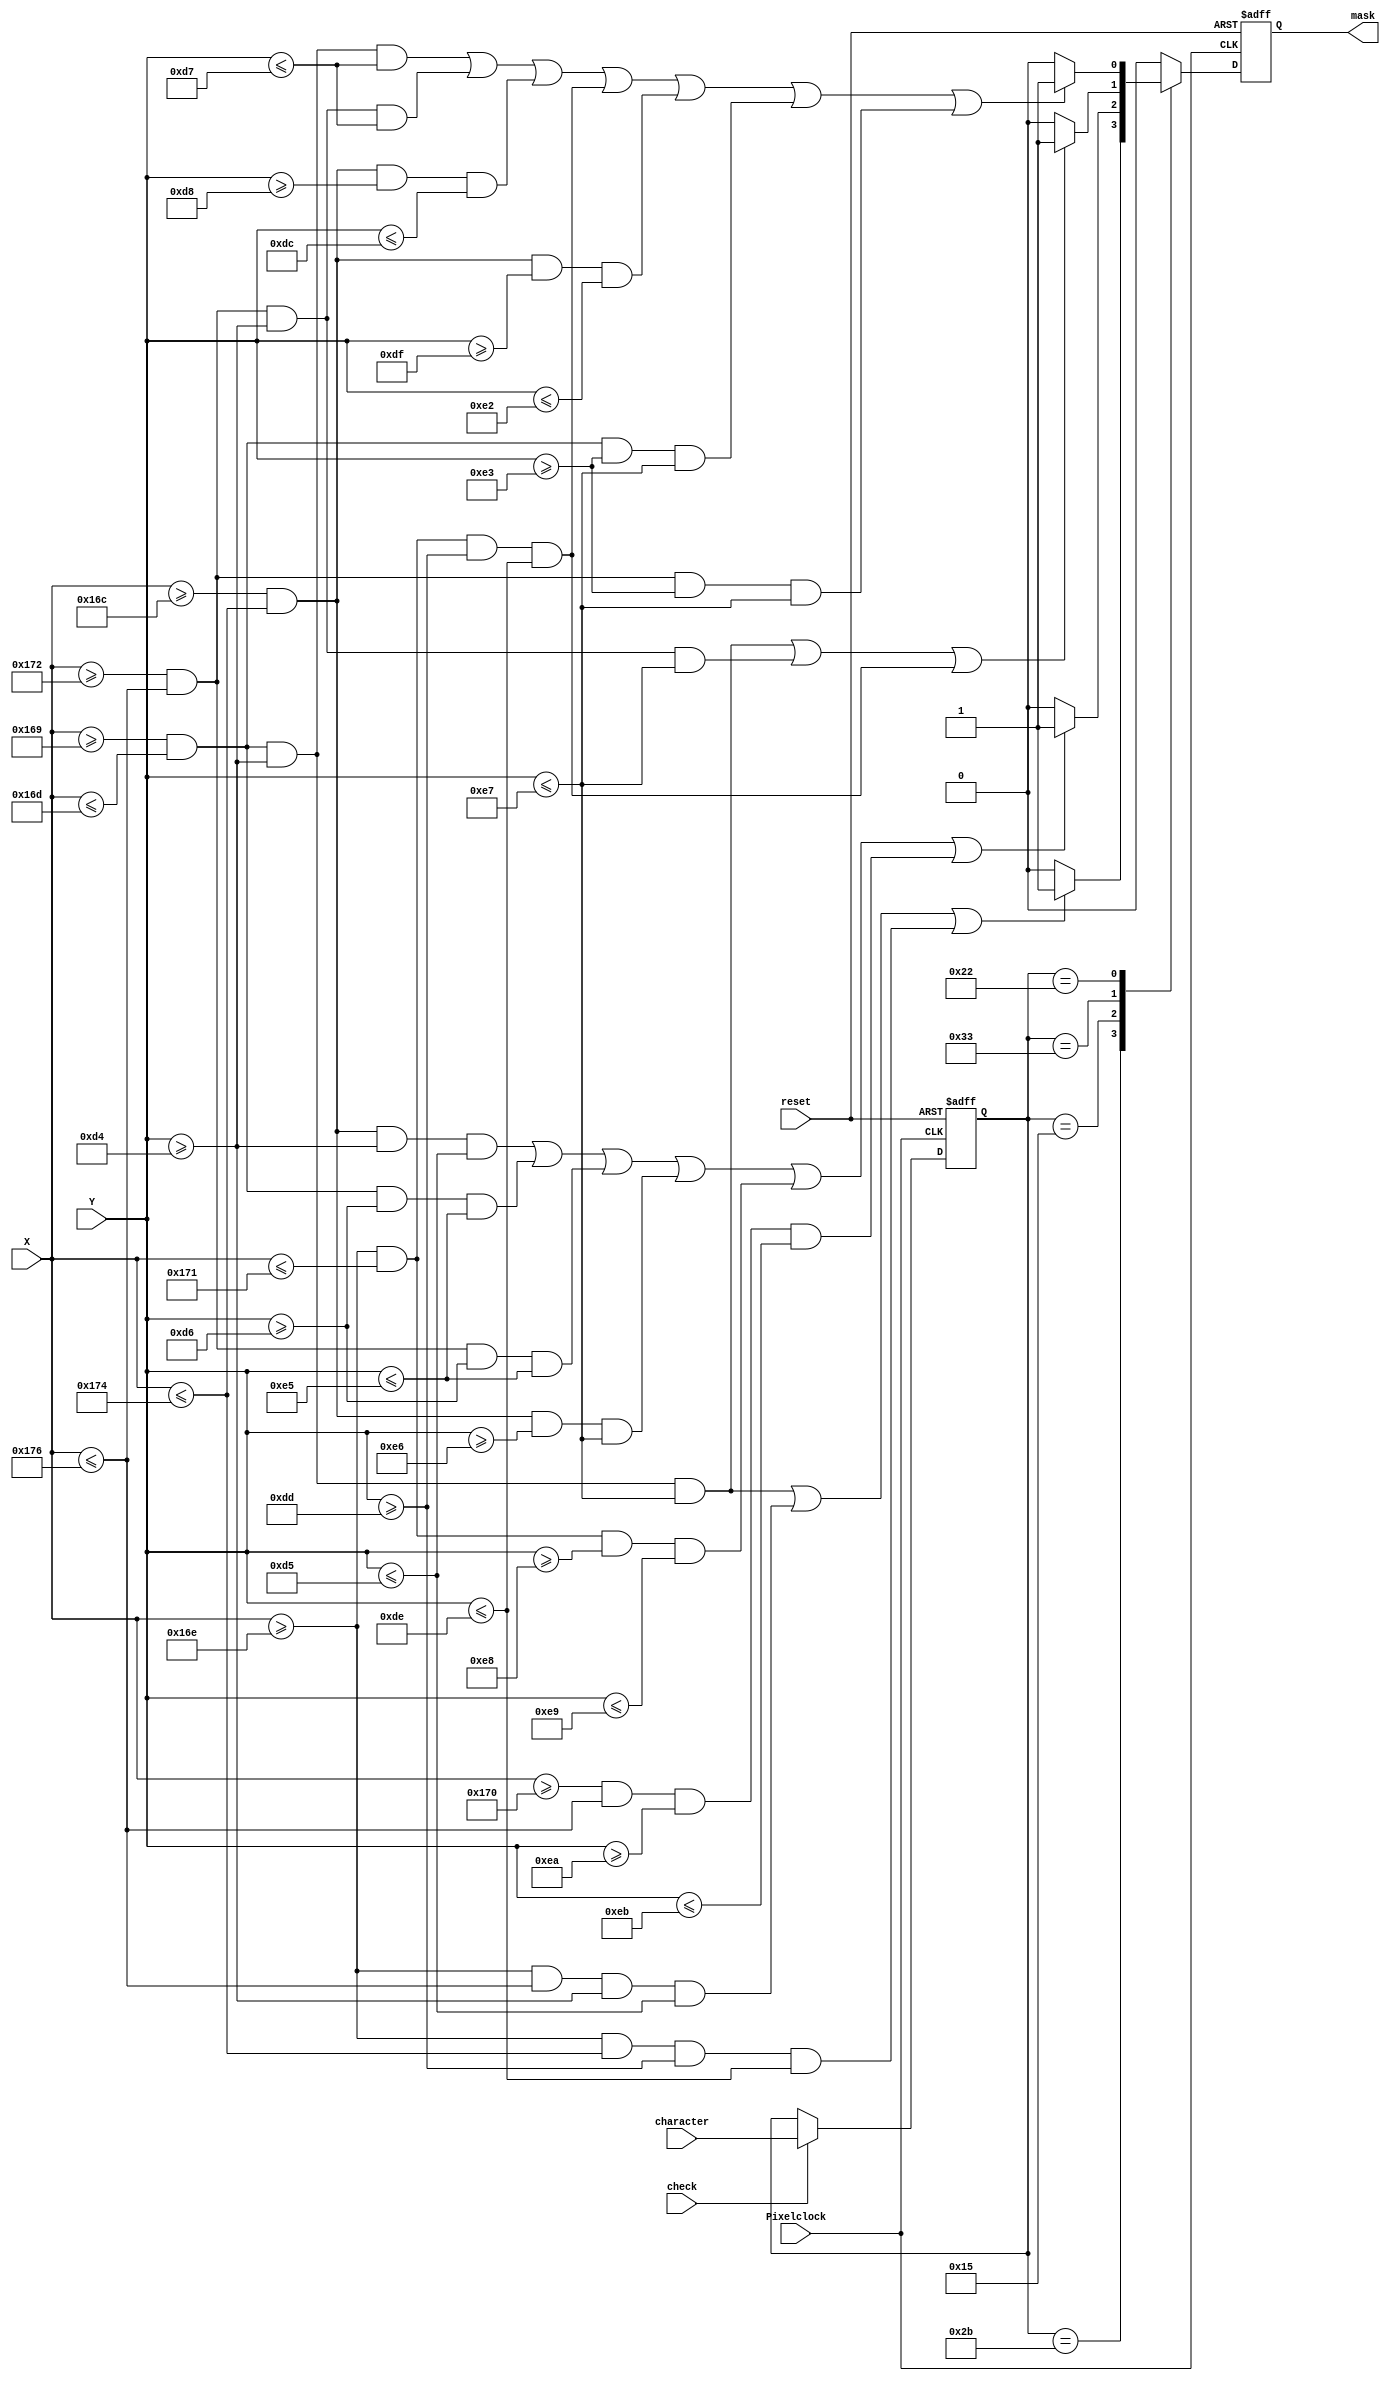
`timescale 1ns / 1ps
//////////////////////////////////////////////////////////////////////////////////
// Company:  University of Patras
// 
// Module Name:    Mask_Producer 
// Project Name:   iTalos
//
//////////////////////////////////////////////////////////////////////////////////
module Mask_Producer(
	 input Pixelclock,
	 input reset,
	 input check,
	 input [7:0] character,
    input [9:0] X,
    input [9:0] Y,
	 output reg mask
    );
	 
	 reg [7:0] valid_character;
	 
	 always @(posedge Pixelclock or posedge reset)
	 begin 
		if (reset) valid_character = 0;
		else if (check) valid_character = character;
	 end
	 
	 always @(negedge Pixelclock or posedge reset) 
	 begin 
		if (reset) mask=0;
	   else
		begin
			mask=0;
			case (valid_character)
				8'h2b : //F
				begin
					if (X>=361 && X<=365 && Y>=212 && Y<=231 ||
						 X>=366 && X<=374 && Y>=212 && Y<=213 ||
						 X>=366 && X<=372 && Y>=221 && Y<=222
						 ) mask = 1;
				end
				
				8'h15 ://Q
				begin
					if (X>=364 && X<=372 && Y>=212 && Y<=213 ||
						 X>=361 && X<=365 && Y>=214 && Y<=229 ||
						 X>=370 && X<=374 && Y>=214 && Y<=229 ||
						 X>=364 && X<=372 && Y>=230 && Y<=231 ||
						 X>=366 && X<=369 && Y>=232 && Y<=233 ||
						 X>=368 && X<=374 && Y>=234 && Y<=235 
						 ) mask = 1;
				end
				
				8'h33 ://H
				begin
					if (X>=361 && X<=365 && Y>=212 && Y<=231 ||
						 X>=370 && X<=374 && Y>=212 && Y<=231 ||
						 X>=366 && X<=369 && Y>=221 && Y<=222
						 ) mask = 1;
				end
				
				8'h22 ://X
				begin 
					if (X>=361 && X<=365 && Y>=212 && Y<=215 ||
						 X>=370 && X<=374 && Y>=212 && Y<=215 ||
						 X>=364 && X<=372 && Y>=216 && Y<=220 ||
						 X>=366 && X<=369 && Y>=221 && Y<=222 ||
						 X>=364 && X<=372 && Y>=223 && Y<=226 ||
						 X>=361 && X<=365 && Y>=227 && Y<=231 ||
						 X>=370 && X<=374 && Y>=227 && Y<=231 
						 ) mask = 1;
				end
				
				default : mask = 0;
			endcase
		  end
	 end 

endmodule